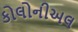
કોલોનીઅલ